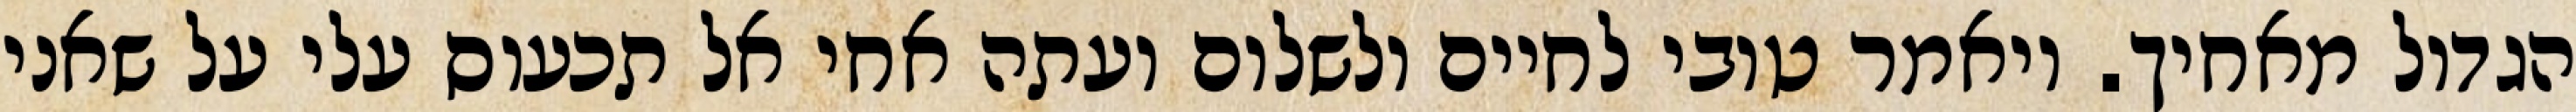
הגדול מאחיך. ויאמר טובי לחיים ולשלום ועתה אחי אל תכעוס עלי על שאני